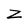
Character: z